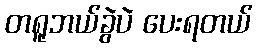
တရူဘယ်ခွဲပဲ ပေးရတယ်